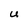
Character: U